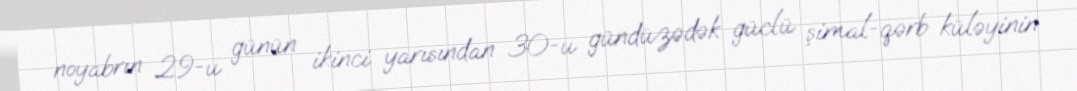
noyabrın 29-u günün ikinci yarısından 30-u gündüzədək güclü şimal-qərb küləyinin